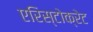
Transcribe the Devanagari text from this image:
एरिस्टोक्रेट